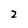
Character: 2